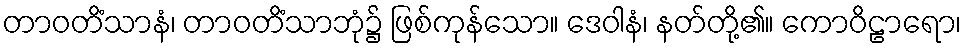
တာဝတိံသာနံ၊ တာဝတိံသာဘုံ၌ ဖြစ်ကုန်သော။ ဒေဝါနံ၊ နတ်တို့၏။ ကောဝိဠာရော၊